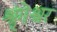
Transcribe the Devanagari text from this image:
श्रृंगेश्वर